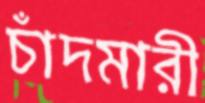
চাঁদমারী